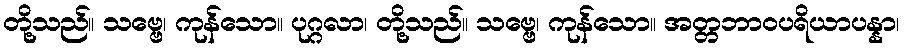
တို့သည်။ သဗ္ဗေ၊ ကုန်သော။ ပုဂ္ဂလာ၊ တို့သည်။ သဗ္ဗေ၊ ကုန်သော။ အတ္တဘာဝပရိယာပန္နာ၊